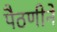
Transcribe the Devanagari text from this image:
पैठणीने